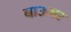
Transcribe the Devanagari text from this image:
बाऊचर